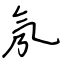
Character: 氖